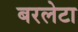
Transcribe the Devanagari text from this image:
बरलेटा